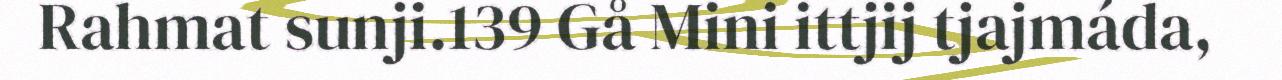
Rahmat sunji.139 Gå Mini ittjij tjajmáda,